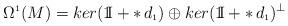
LaTeX: \begin{align*}\Omega^{\scriptscriptstyle 1}(M)=ker(\mathrm{1\mkern-5muI\!}\hskip2pt + \ast\hskip 2pt d_{\scriptscriptstyle 1}) \oplus ker(\mathrm{1\mkern-5muI\!}\hskip2pt + \ast\hskip 2pt d_{\scriptscriptstyle 1})^{\perp}\end{align*}